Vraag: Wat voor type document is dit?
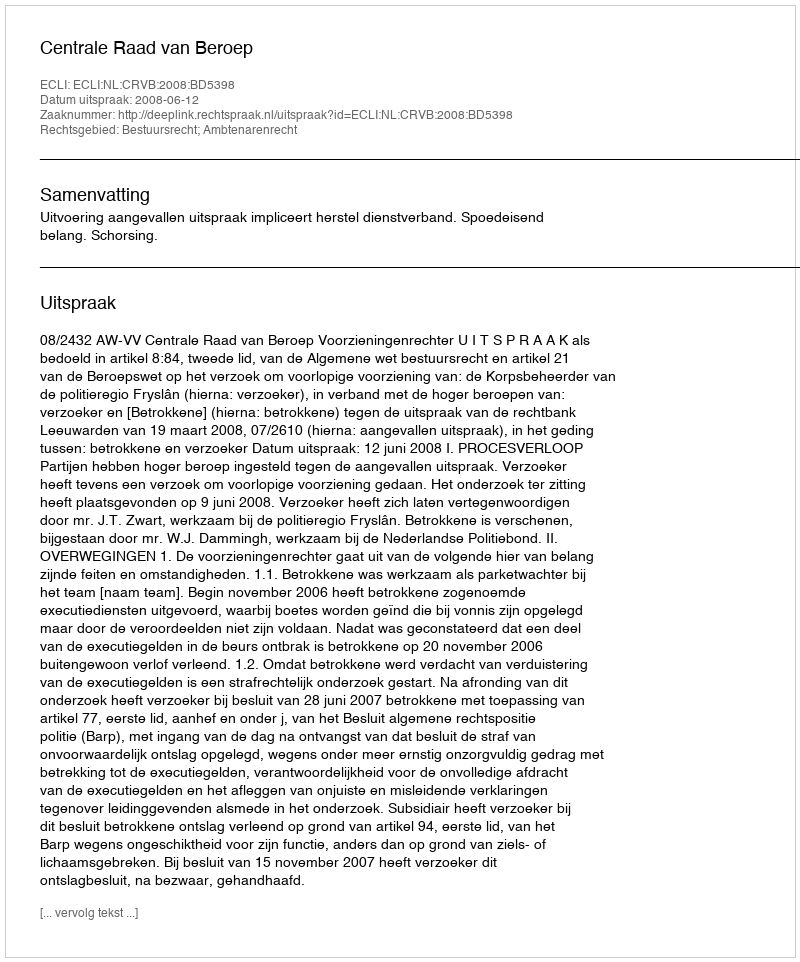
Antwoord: Uitspraak